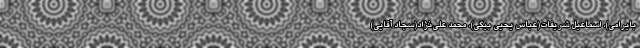
بایرامی)، اسماعیل شریفات(عباس یحیی بیگی)، محمد علی‌نژاد(سجاد آقایی)